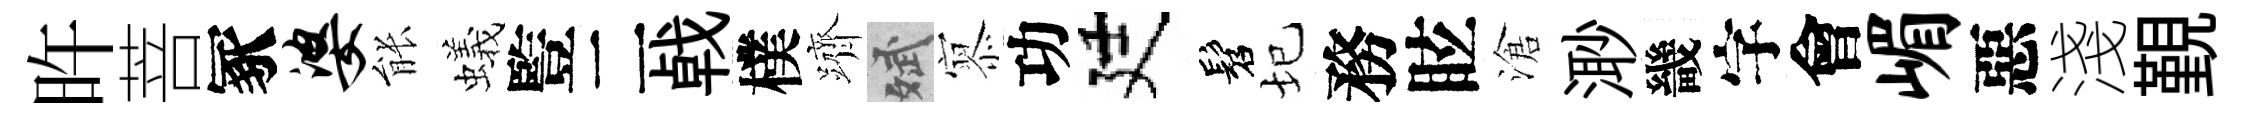
旿菩冢婆䏻蟻䜿二㦸樸躋斌𡪹功廷髫圮務眩滄𣺌畿字會嵋惡淺覲